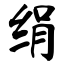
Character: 绢